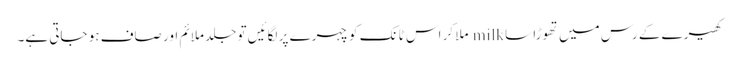
کھیرے کے رس میں تھوڑا سا milk ملا کر اس ٹانک کو چہرے پر لگائیں تو جلد ملائم اور صاف ہو جاتی ہے۔